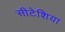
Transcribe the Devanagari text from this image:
सीटेशिया